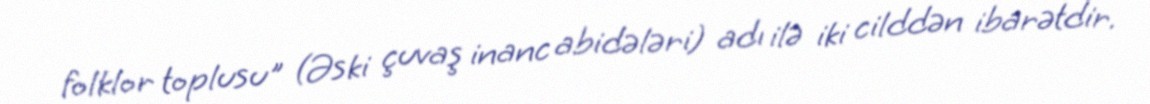
folklor toplusu" (Əski çuvaş inanc abidələri) adı ilə iki cilddən ibarətdir.